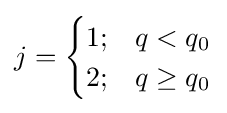
j={\begin{cases}1;&q<q_{0}\\2;&q\geq q_{0}\end{cases}}